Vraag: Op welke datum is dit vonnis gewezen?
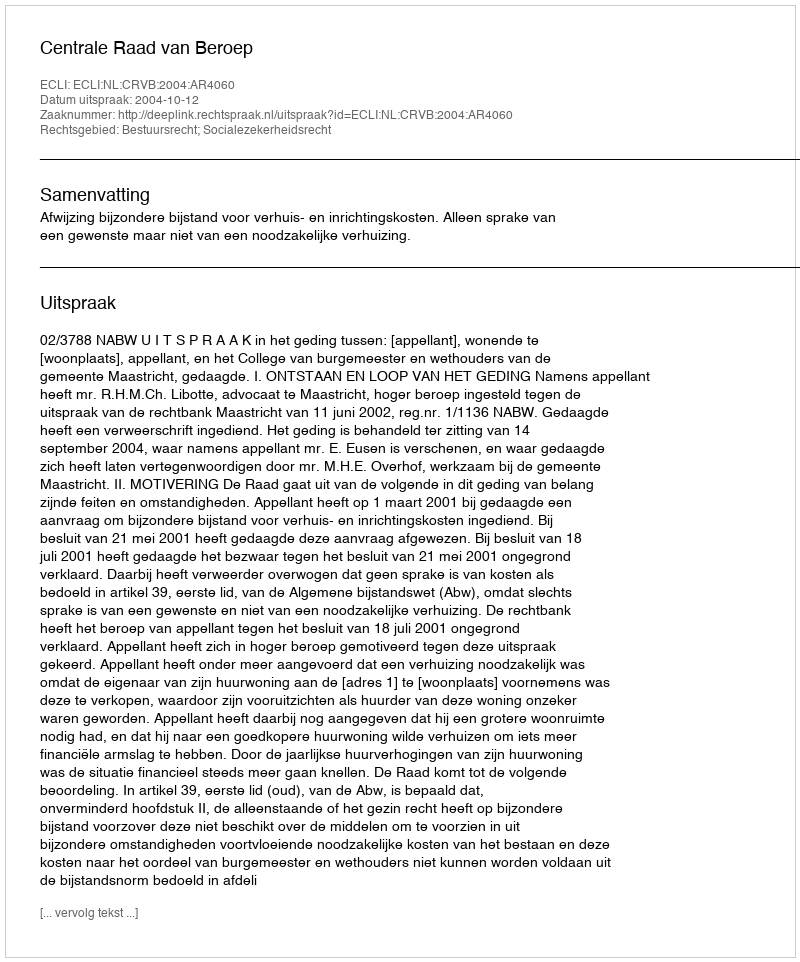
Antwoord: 2004-10-12